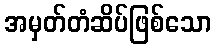
အမှတ်တံဆိပ်ဖြစ်သော